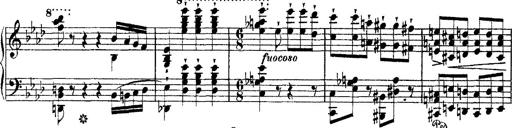
Title: Ã‰tudes d'exÃ©cution transcendante d'aprÃ¨s Paganini
Composer: Franz Liszt